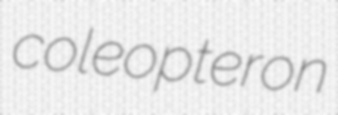
coleopteron